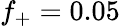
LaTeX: f_{+}=0.05